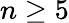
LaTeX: n\geq 5